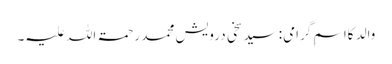
والد کااسمِ گرامی:سید سخی درویش محمد رحمۃ اللہ علیہ۔